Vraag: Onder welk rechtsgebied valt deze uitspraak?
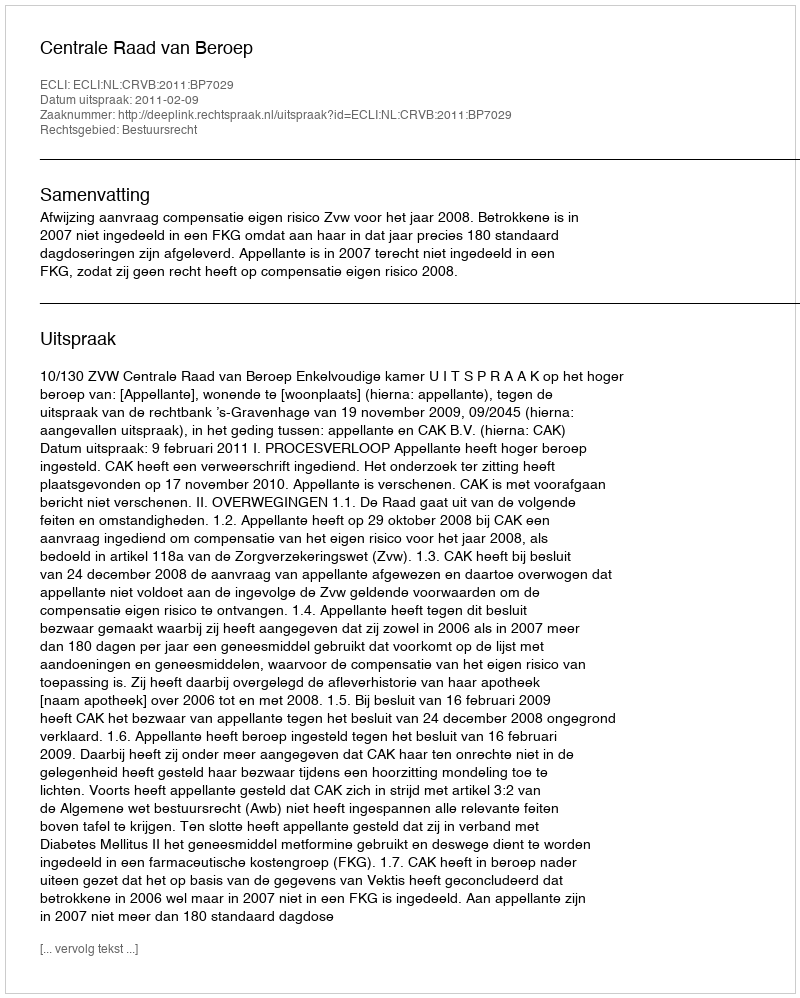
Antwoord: Bestuursrecht